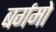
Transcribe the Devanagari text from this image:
बर्गमो